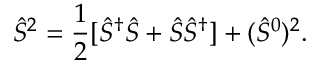
\hat { S } ^ { 2 } = \frac { 1 } { 2 } [ \hat { S } ^ { \dag } \hat { S } + \hat { S } \hat { S } ^ { \dag } ] + ( \hat { S } ^ { 0 } ) ^ { 2 } .